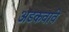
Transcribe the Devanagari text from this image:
अडकवावे